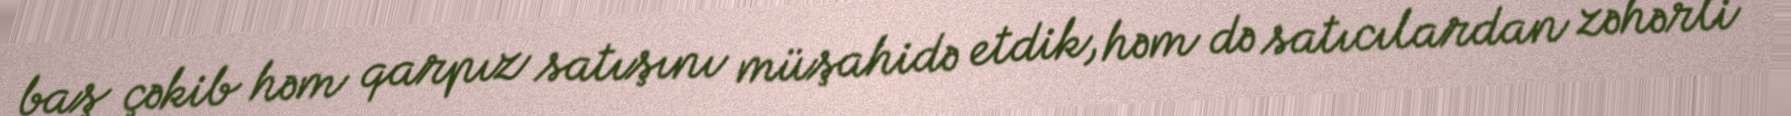
baş çəkib həm qarpız satışını müşahidə etdik, həm də satıcılardan zəhərli